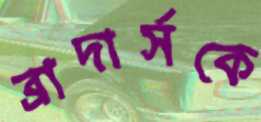
ব্রাদার্সকে